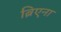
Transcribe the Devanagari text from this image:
ब्रिएना